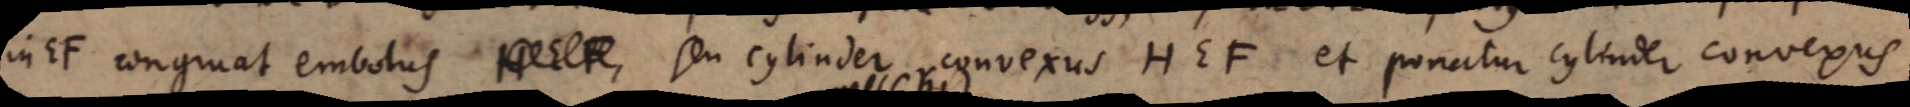
in EF congruat embolus seu cylinder convexus HEF et ponatur cylinder convexus